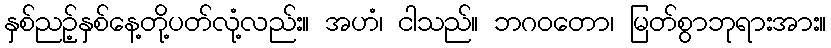
နှစ်ညဉ့်နှစ်နေ့တို့ပတ်လုံ့လည်း။ အဟံ၊ ငါသည်။ ဘဂဝတော၊ မြတ်စွာဘုရားအား။